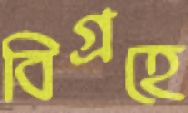
বিগ্রহে